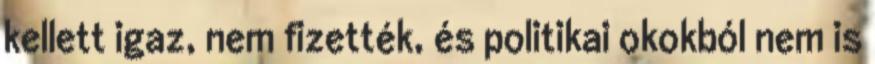
kellett igaz, nem fizették, és politikai okokból nem is